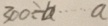
3 0 0 \div b \cdots a